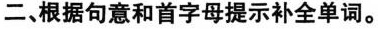
二、根据句意和首字母提示补全单词。